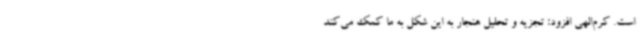
است. کرم‌الهی افزود: تجزیه و تحلیل هنجار به این شکل به ما کمک می‌کند